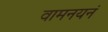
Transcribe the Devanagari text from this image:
वामनयनं